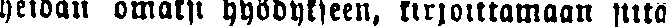
heidän omaksi hyödykseen, kirjoittamaan siitä